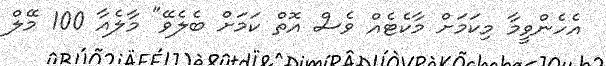
އެހެންވީމާ މިކަަމަށް މާކެޓެއް ވެސް އޮތް ކަމަށް ބެލެވޭ" މާލެއާ 100 މޭލް